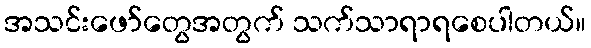
အသင်းဖော်တွေအတွက် သက်သာရာရစေပါတယ်။